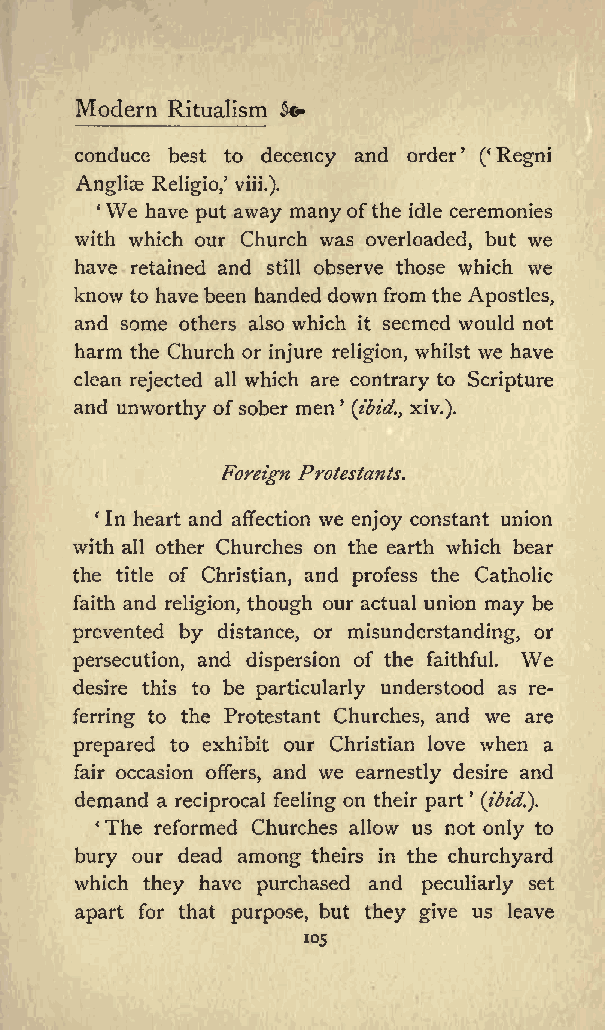
Modern Ritualism &*
 conduce best to decency and order ( Regni
 Angliae Religio, viii.).
 We
 (   have put away many ofthe idle ceremonies
 with which our Church was overloaded, but we
 have retained and still observe those which we
 know to have been handed down from the Apostles,
 and some others also which it seemed would not
 harm the Church or injure religion, whilst we have
 clean rejected all which are contrary to Scripture
 and unworthy ofsober men (ibid., xiv.).
 Foreign Protestants.
 In heart and affection we enjoy constant union
 with all other Churches on the earth which bear
 the title of Christian, and profess the Catholic
 faith and religion, though our actual union may be
 prevented by distance, or misunderstanding, or
 We
 persecution, and dispersion of the faithful.
 desire this to be particularly understood as re
 ferring to the Protestant Churches, and we are
 prepared to exhibit our Christian love when a
 fair occasion offers, and we earnestly desire and
 demand a reciprocal feeling on their part (ibid.}.
 The reformed Churches allow us not only to
 bury our dead among theirs in the churchyard
 which they have purchased and peculiarly set
 apart for that purpose, but they give us leave
 105